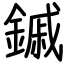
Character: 鏚